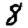
Digit: 8